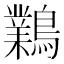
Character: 鸈